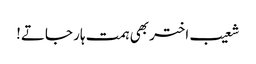
شعیب اختر بھی ہمت ہار جاتے!